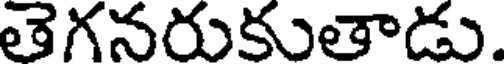
తెగనరుకుతాడు.